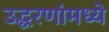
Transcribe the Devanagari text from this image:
उद्धरणांमध्ये